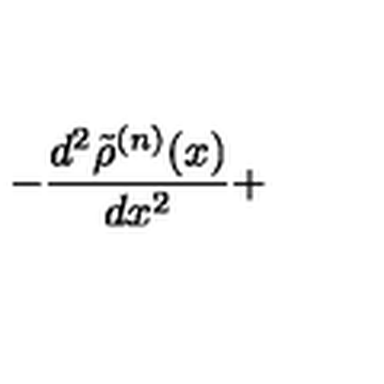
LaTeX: - \frac { d ^ { 2 } \tilde { \rho } ^ { ( n ) } ( x ) } { d x ^ { 2 } } +